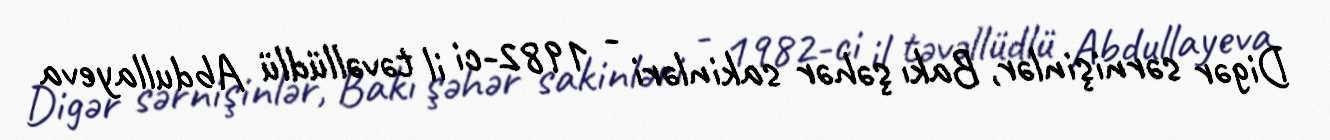
Digər sərnişinlər, Bakı şəhər sakinləri - 1982-ci il təvəllüdlü Abdullayeva